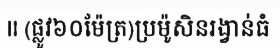
II (ផ្លូវ៦០ម៉ែត្រ)ប្រម៉ូសិនរង្វាន់ធំ